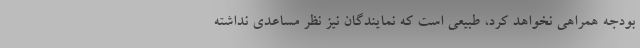
بودجه همراهی نخواهد کرد، طبیعی است که نمایندگان نیز نظر مساعدی نداشته